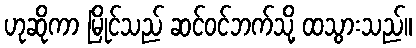
ဟုဆိုကာ မြိုင်သည် ဆင်ဝင်ဘက်သို့ ထသွားသည်။